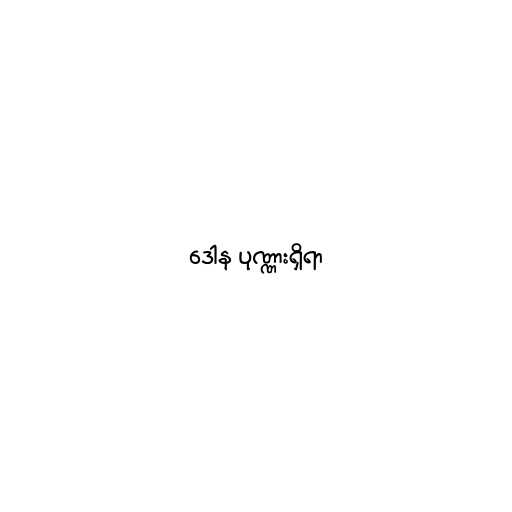
ဒေါန ပုဏ္ဏားရှိရာ